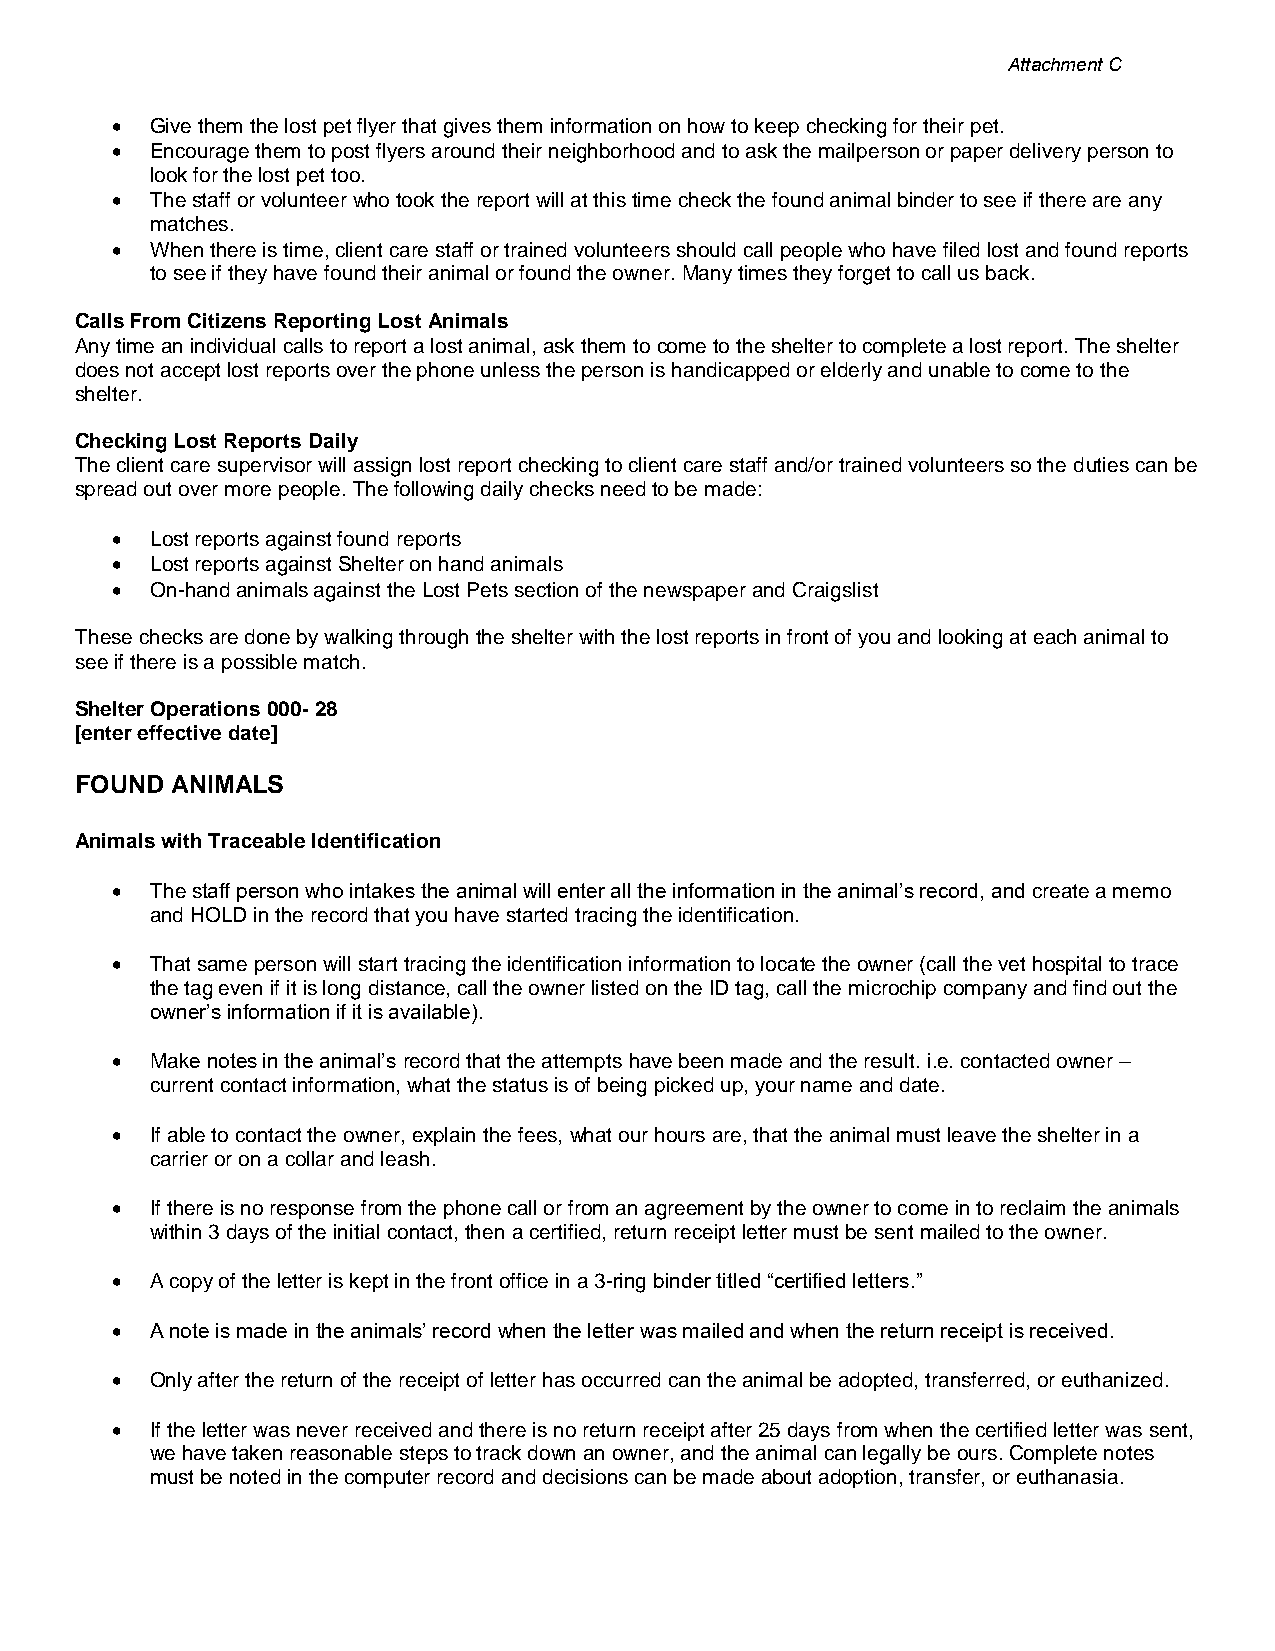
Attachment C
 •  Give them the lost pet flyer that gives them information on how to keep checking for their pet.
 •  Encourage them to post flyers around their neighborhood and to ask the mailperson or paper delivery person to
 look for the lost pet too.
 •  The staff or volunteer who took the report will at this time check the found animal binder to see if there are any
 matches.
 •  When there is time, client care staff or trained volunteers should call people who have filed lost and found reports
 to see if they have found their animal or found the owner. Many times they forget to call us back.
 Calls From Citizens Reporting Lost Animals
 Any time an individual calls to report a lost animal, ask them to come to the shelter to complete a lost report. The shelter
 does not accept lost reports over the phone unless the person is handicapped or elderly and unable to come to the
 shelter.
 Checking Lost Reports Daily
 The client care supervisor will assign lost report checking to client care staff and/or trained volunteers so the duties can be
 spread out over more people. The following daily checks need to be made:
 •  Lost reports against found reports
 •  Lost reports against Shelter on hand animals
 •  On-hand animals against the Lost Pets section of the newspaper and Craigslist
 These checks are done by walking through the shelter with the lost reports in front of you and looking at each animal to
 see if there is a possible match.
 Shelter Operations 000- 28
 [enter effective date]
 FOUND ANIMALS
 Animals with Traceable Identification
 •  The staff person who intakes the animal will enter all the information in the animal’s record, and create a memo
 and HOLD in the record that you have started tracing the identification.
 •  That same person will start tracing the identification information to locate the owner (call the vet hospital to trace
 the tag even if it is long distance, call the owner listed on the ID tag, call the microchip company and find out the
 owner’s information if it is available).
 •  Make notes in the animal’s record that the attempts have been made and the result. i.e. contacted owner –
 current contact information, what the status is of being picked up, your name and date.
 •  If able to contact the owner, explain the fees, what our hours are, that the animal must leave the shelter in a
 carrier or on a collar and leash.
 •  If there is no response from the phone call or from an agreement by the owner to come in to reclaim the animals
 within 3 days of the initial contact, then a certified, return receipt letter must be sent mailed to the owner.
 •  A copy of the letter is kept in the front office in a 3-ring binder titled “certified letters.”
 •  A note is made in the animals’ record when the letter was mailed and when the return receipt is received.
 •  Only after the return of the receipt of letter has occurred can the animal be adopted, transferred, or euthanized.
 •  If the letter was never received and there is no return receipt after 25 days from when the certified letter was sent,
 we have taken reasonable steps to track down an owner, and the animal can legally be ours. Complete notes
 must be noted in the computer record and decisions can be made about adoption, transfer, or euthanasia.